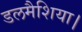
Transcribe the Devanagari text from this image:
डलमैशिया।